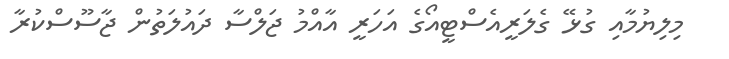
މިލިޔުމާއި ގުޅޭ ގެލަރީއެސްޓީއޯގެ އަހަރީ އާއްމު ޖަލްސާ ދައުލަތުން ޖާސޫސްކުރާ